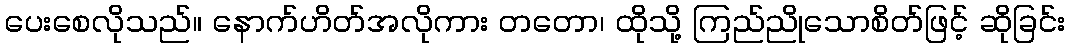
ပေးစေလိုသည်။ နောက်ဟိတ်အလိုကား တတော၊ ထိုသို့ ကြည်ညိုသောစိတ်ဖြင့် ဆိုခြင်း